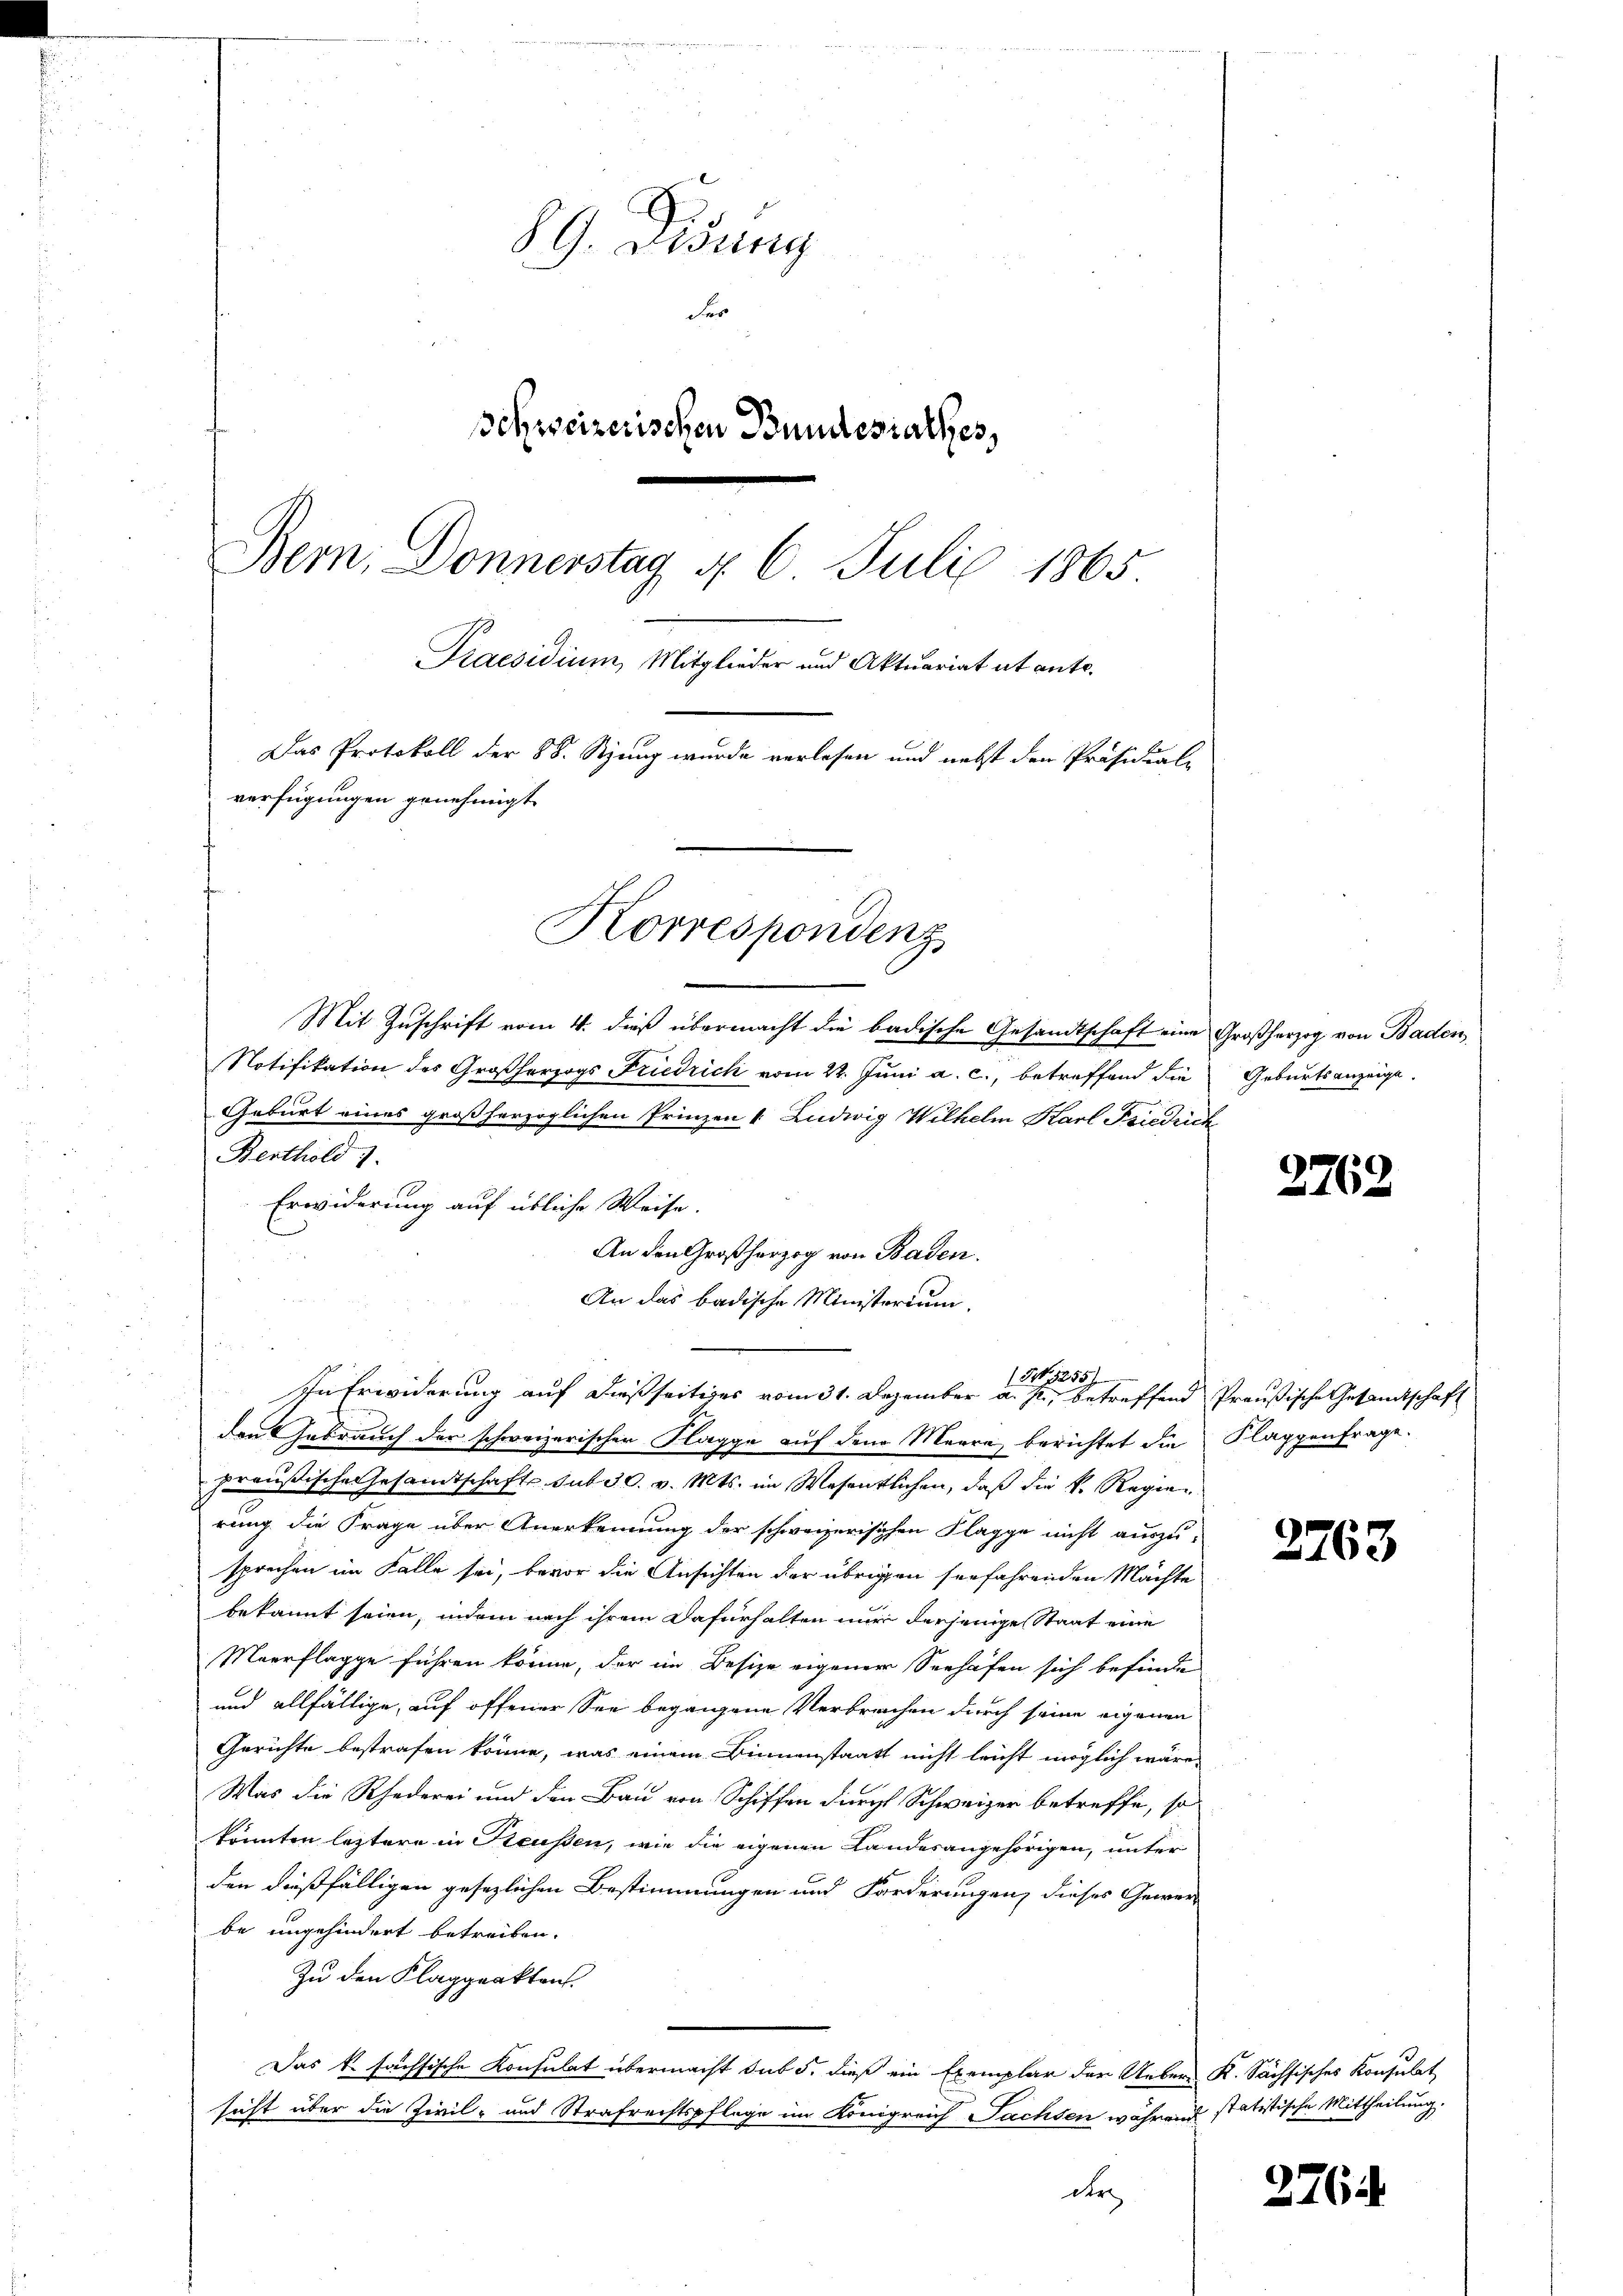
89. Disung
der
Schweizerischen Bundesrathes,
.
Bern, Donnerstag d. 6. Juli 1865
Praesidium, Mitglieder und Aktuariat it ent¬
Das Protokoll der 88. Stung wurde verlesen und nebst den Präsidial-
verfügungen genehmigt.

Korrespondenz,

Mit Zuschrift vom 4. dieß übermacht die badische Gesandtschaft eine Großherzog von Baden,
Notifikation des Großherzogs Friedrich vom 22. Juni a. c., betreffend die Geburtsanzeige.
Geburt eines großherzoglichen Prinzen & Ludwig Wilhelm Karl Friedrich
Berthold 7.
Erwiderung auf übliche Weise.
An den Großherzog von Baden.
An das badische Ministerium.
In Erwiderung auf dießseitiges vom 31. Dezember a. p., betreffend Preußische Gesandtschaft
den Gebrauch der schweizerischen Flagge auf den Marre berichtet die Klappenfrage.
preußische esandtschafts sub 30. v. Mts. im Wesentlichen, daß die k. Regierung die Frage über Anerkennung der schweizerischen Klagge nicht auszusprechen im Falle sei, bevor die Ansichten der übrigen seefahrenden Mächte
bekannt seien, indem nach ihrem Dafürhalten nur derjenige Staat eine
Maerflagge führen könne, der im Besize eigener Seehafen sich befinde
und allfällige, auf offener See begangene Verbrechen durch seine eigenen
Gerichte bestrafen könne, was einem Binnenstaatt nicht leicht möglich wäre,
Was die Rhederei und den Bau von Schiffen durch Schweizer betreffe, so
könnten leztere in Reußen, wie die eigenen Landesangehörigen, unter
den dießfälligen gesezlichen Bestimmungen und Forderungen, dieses Gewer-
be ungehindert betreiben.
Zu den Klaggrakten.
Das k. sächsische Konsulat übermacht sub 5. dieß ein Exemplar der Ueber K. Sächsisches Konsulat
sicht über die Zivil- und Strafrechtspflege im Königreich Sachsen während statistische Mittheilung
der

I 1255)

2762

2763

376.